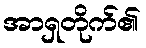
အာရှတိုက်၏